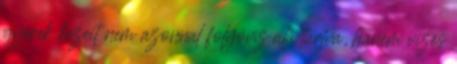
gyerek kezeit nem azonnal folyóvíz alá tartva, hanem vizes